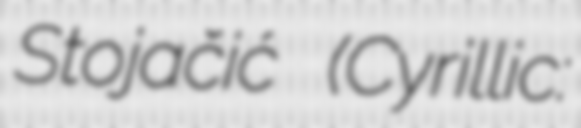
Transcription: Stojačić (Cyrillic: